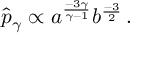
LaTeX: \hat { p } _ { \gamma } \propto a ^ { \frac { - 3 \gamma } { \gamma - 1 } } b ^ { \frac { - 3 } { 2 } } \, .